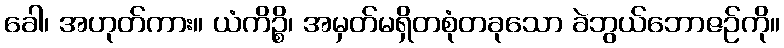
ခေါ၊ အဟုတ်ကား။ ယံကိဉ္စိ၊ အမှတ်မရှိတစုံတခုသော ခဲဘွယ်ဘောဇဉ်ကို။